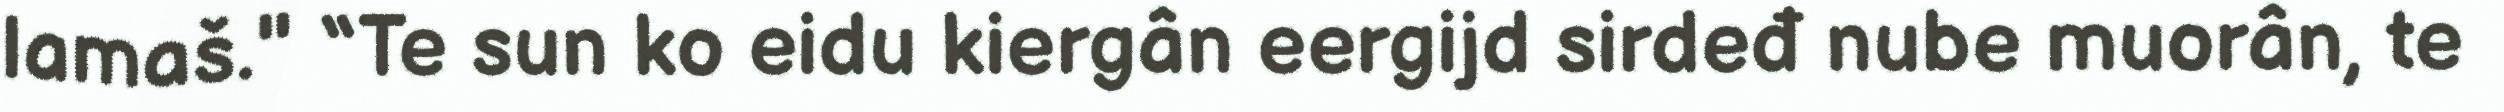
lamaš." “Te sun ko eidu kiergân eergijd sirdeđ nube muorân, te